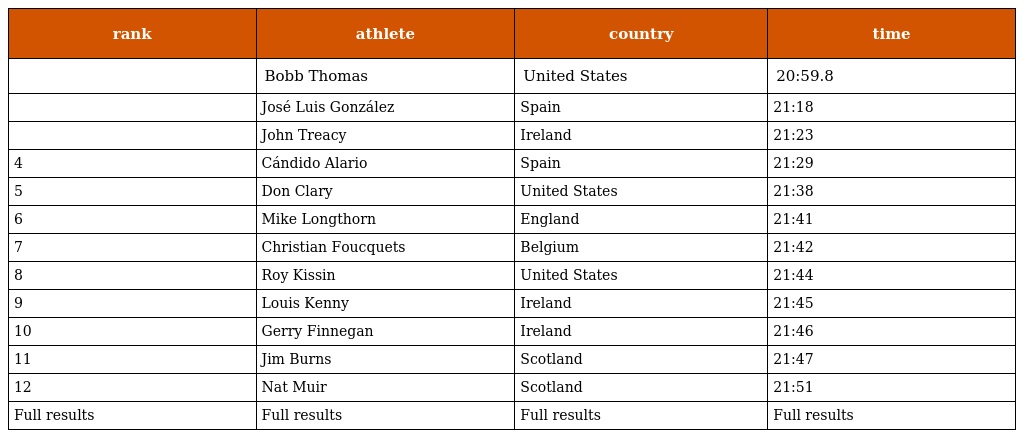
| rank | athlete | country | time |
 | --- | --- | --- | --- |
 |  | Bobb Thomas | United States | 20:59.8 |
 |  | José Luis González | Spain | 21:18 |
 |  | John Treacy | Ireland | 21:23 |
 | 4 | Cándido Alario | Spain | 21:29 |
 | 5 | Don Clary | United States | 21:38 |
 | 6 | Mike Longthorn | England | 21:41 |
 | 7 | Christian Foucquets | Belgium | 21:42 |
 | 8 | Roy Kissin | United States | 21:44 |
 | 9 | Louis Kenny | Ireland | 21:45 |
 | 10 | Gerry Finnegan | Ireland | 21:46 |
 | 11 | Jim Burns | Scotland | 21:47 |
 | 12 | Nat Muir | Scotland | 21:51 |
 | Full results | Full results | Full results | Full results |